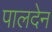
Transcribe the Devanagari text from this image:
पालदेन